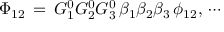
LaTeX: \Phi _ { 1 2 } \, = \, G _ { 1 } ^ { 0 } G _ { 2 } ^ { 0 } G _ { 3 } ^ { 0 } \, \beta _ { 1 } \beta _ { 2 } \beta _ { 3 } \, \phi _ { 1 2 } , \, \cdots